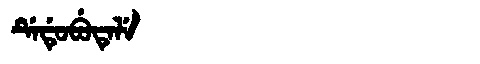
Manchu: ᡩᡝᡩᡠᠪᡠᡨᡝᠯᡝ
Romanization: DEDUBUTELE